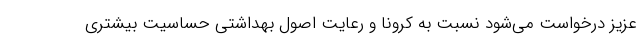
عزیز درخواست می‌شود نسبت به کرونا و رعایت اصول بهداشتی حساسیت بیشتری